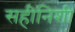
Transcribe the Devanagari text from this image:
सहीनिशी